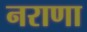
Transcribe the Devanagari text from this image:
नराणा